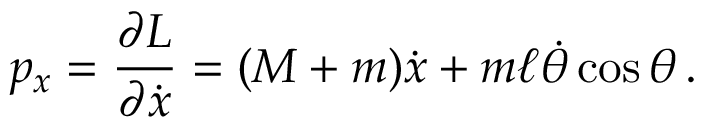
p _ { x } = { \frac { \partial L } { \partial { \dot { x } } } } = ( M + m ) { \dot { x } } + m \ell { \dot { \theta } } \cos \theta \, .